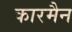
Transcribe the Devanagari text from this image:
कारमैन